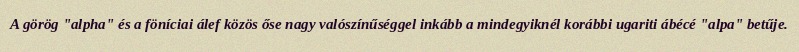
A görög "alpha" és a föníciai álef közös őse nagy valószínűséggel inkább a mindegyiknél korábbi ugariti ábécé "alpa" betűje.